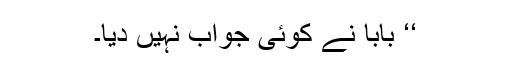
‘‘ بابا نے کوئی جواب نہیں دیا۔